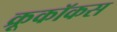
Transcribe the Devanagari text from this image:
क्रूकॉकस